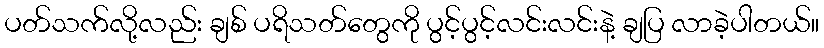
ပတ်သက်လို့လည်း ချစ် ပရိသတ်တွေကို ပွင့်ပွင့်လင်းလင်းနဲ့ ချပြ လာခဲ့ပါတယ်။